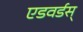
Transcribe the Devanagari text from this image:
एडवर्डस्‌